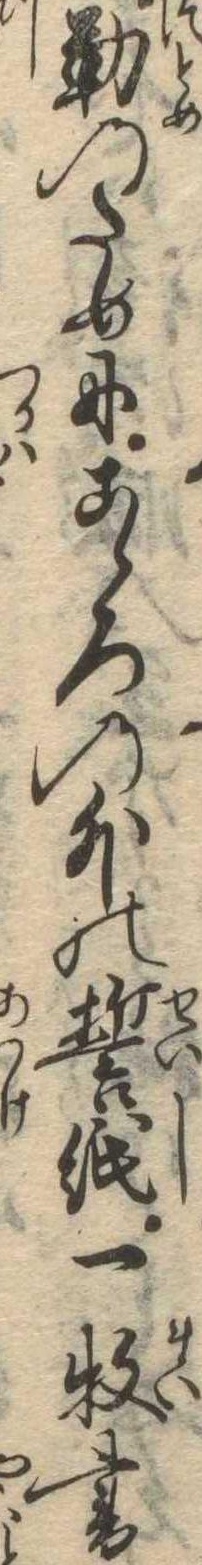
勤のためにこゝろの外の誓紙一枚書